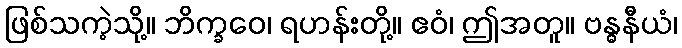
ဖြစ်သကဲ့သို့။ ဘိက္ခဝေ၊ ရဟန်းတို့။ ဧဝံ၊ ဤအတူ။ ဗန္ဓနီယံ၊